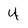
Character: 4